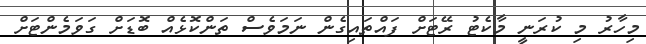
މިހާރު މި ކުރަނީ މާކެޓު ރޭޓަށް ފައްތައިގެން ނަމަވެސް ތަންކޮޅެއް ބޮޑަށް ގަވަމެންޓަށް